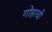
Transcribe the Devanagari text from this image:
गोहरची